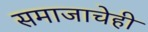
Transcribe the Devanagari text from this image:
समाजाचेही